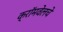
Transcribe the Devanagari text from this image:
क्रॉमवेलचे